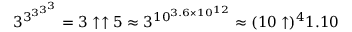
3 ^ { 3 ^ { 3 ^ { 3 ^ { 3 } } } } = 3 \uparrow \uparrow 5 \approx 3 ^ { 1 0 ^ { 3 . 6 \times 1 0 ^ { 1 2 } } } \approx ( 1 0 \uparrow ) ^ { 4 } 1 . 1 0